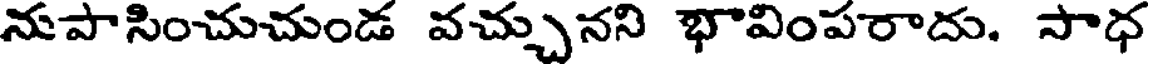
నుపాసించుచుండ వచ్చునని భావింపరాదు. సాధ